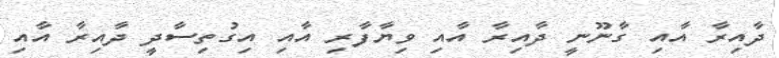
ދާއިރާ އާއި ގާނޫނީ ދާއިރާ އާއި ވިޔާފާރި އާއި އިގުތިސާދީ ދާއިރާ އާއި